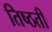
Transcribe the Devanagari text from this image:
तिष्ठती